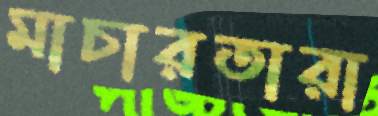
মাচারতারা